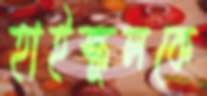
হাইস্কুলকে